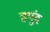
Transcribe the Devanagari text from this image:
हयूंद